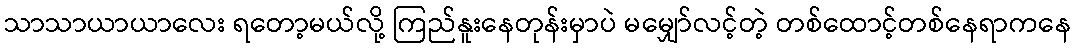
သာသာယာယာလေး ရတော့မယ်လို့ ကြည်နူးနေတုန်းမှာပဲ မမျှော်လင့်တဲ့ တစ်ထောင့်တစ်နေရာကနေ